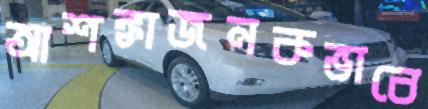
আশঙ্কাজনকভাবে